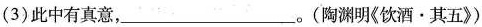
(3)此中有真意，___。(陶渊明《饮酒·其五》)